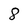
Character: 8